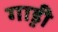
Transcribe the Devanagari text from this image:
गा़ड़ी